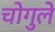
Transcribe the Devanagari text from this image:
चोगुले